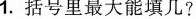
1.括号里最大能填几?